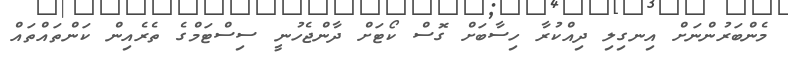
މެންބަރުންނަށް އިނގިލި ދިއްކުރާ ހިސާބަށް ގޮސް ކޯޓަށް ދާންޖެހުނީ ސިސްޓަމްގެ ތެރެއިން ކަންތައްތައް